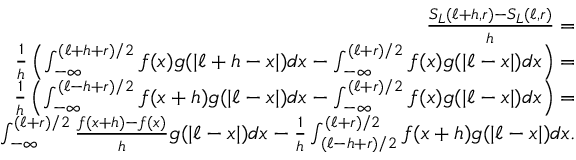
\begin{array} { r l r } & { ~ } & { \frac { S _ { L } ( \ell + h , r ) - S _ { L } ( \ell , r ) } { h } = } \\ & { ~ } & { \frac { 1 } { h } \left( \int _ { - \infty } ^ { ( \ell + h + r ) / 2 } f ( x ) g ( | \ell + h - x | ) d x - \int _ { - \infty } ^ { ( \ell + r ) / 2 } f ( x ) g ( | \ell - x | ) d x \right) = } \\ & { ~ } & { \frac { 1 } { h } \left( \int _ { - \infty } ^ { ( \ell - h + r ) / 2 } f ( x + h ) g ( | \ell - x | ) d x - \int _ { - \infty } ^ { ( \ell + r ) / 2 } f ( x ) g ( | \ell - x | ) d x \right) = } \\ & { ~ } & { \int _ { - \infty } ^ { ( \ell + r ) / 2 } \frac { f ( x + h ) - f ( x ) } { h } g ( | \ell - x | ) d x - \frac { 1 } { h } \int _ { ( \ell - h + r ) / 2 } ^ { ( \ell + r ) / 2 } f ( x + h ) g ( | \ell - x | ) d x . } \end{array}